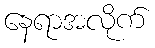
နေရာအလိုက်